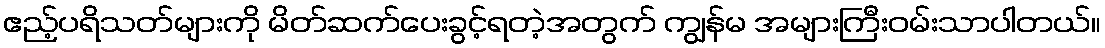
ဧည့်ပရိသတ်များကို မိတ်ဆက်ပေးခွင့်ရတဲ့အတွက် ကျွန်မ အများကြီးဝမ်းသာပါတယ်။